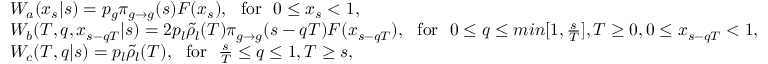
\begin{array} { r l r } & { { \cal W } _ { a } ( x _ { s } | s ) = p _ { g } \pi _ { g \to g } ( s ) { \cal F } ( x _ { s } ) , \ \ \mathrm { f o r } \ \ 0 \le x _ { s } < 1 , } & \\ & { { \cal W } _ { b } ( T , q , x _ { s - q T } | s ) = 2 p _ { l } \tilde { \rho } _ { l } ( T ) \pi _ { g \to g } ( s - q T ) { \cal F } ( x _ { s - q T } ) , \ \ \mathrm { f o r } \ \ 0 \le q \le m i n [ 1 , \frac { s } { T } ] , T \ge 0 , 0 \le x _ { s - q T } < 1 , } & \\ & { { \cal W } _ { c } ( T , q | s ) = p _ { l } \tilde { \rho } _ { l } ( T ) , \ \ \mathrm { f o r } \ \ \frac { s } { T } \le q \le 1 , T \ge s , } & \end{array}